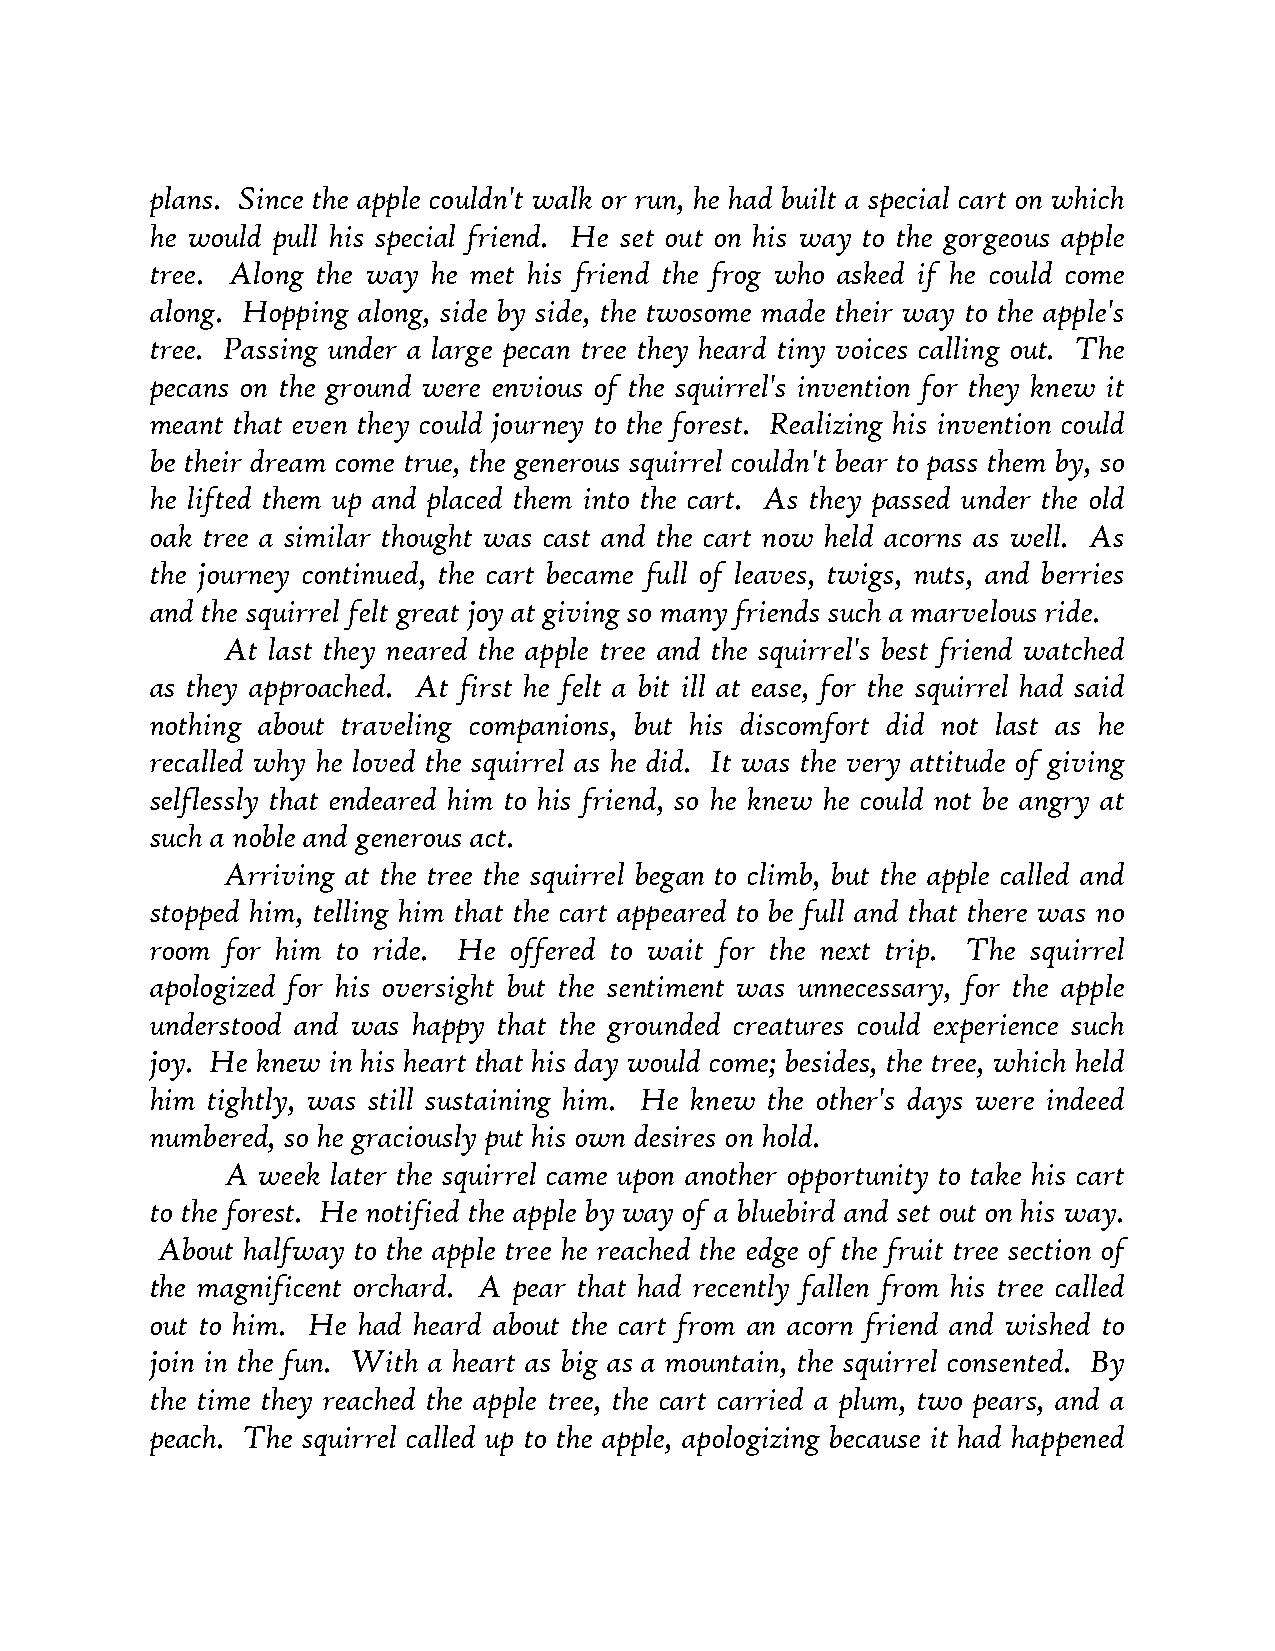
plans. Since the apple couldn't walk or run, he had built a special cart on which
 he would pull his special friend. He set out on his way to the gorgeous apple
 tree. Along the way he met his friend the frog who asked if he could come
 along. Hopping along, side by side, the twosome made their way to the apple's
 tree. Passing under a large pecan tree they heard tiny voices calling out. The
 pecans on the ground were envious of the squirrel's invention for they knew it
 meant that even they could journey to the forest. Realizing his invention could
 be their dream come true, the generous squirrel couldn't bear to pass them by, so
 he lifted them up and placed them into the cart. As they passed under the old
 oak tree a similar thought was cast and the cart now held acorns as well. As
 the journey continued, the cart became full of leaves, twigs, nuts, and berries
 and the squirrel felt great joy at giving so many friends such a marvelous ride.
 At last they neared the apple tree and the squirrel's best friend watched
 as they approached. At first he felt a bit ill at ease, for the squirrel had said
 nothing about traveling companions, but his discomfort did not last as he
 recalled why he loved the squirrel as he did. It was the very attitude of giving
 selflessly that endeared him to his friend, so he knew he could not be angry at
 such a noble and generous act.
 Arriving at the tree the squirrel began to climb, but the apple called and
 stopped him, telling him that the cart appeared to be full and that there was no
 room for him to ride. He offered to wait for the next trip. The squirrel
 apologized for his oversight but the sentiment was unnecessary, for the apple
 understood and was happy that the grounded creatures could experience such
 joy. He knew in his heart that his day would come; besides, the tree, which held
 him tightly, was still sustaining him. He knew the other's days were indeed
 numbered, so he graciously put his own desires on hold.
 A week later the squirrel came upon another opportunity to take his cart
 to the forest. He notified the apple by way of a bluebird and set out on his way.
 About halfway to the apple tree he reached the edge of the fruit tree section of
 the magnificent orchard. A pear that had recently fallen from his tree called
 out to him. He had heard about the cart from an acorn friend and wished to
 join in the fun. With a heart as big as a mountain, the squirrel consented. By
 the time they reached the apple tree, the cart carried a plum, two pears, and a
 peach. The squirrel called up to the apple, apologizing because it had happened